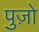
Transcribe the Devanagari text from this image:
पुज़ो